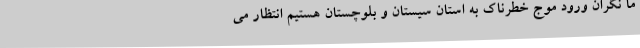
ما نگران ورود موج خطرناک به استان سیستان و بلوچستان هستیم انتظار می